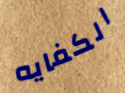
الكفايه